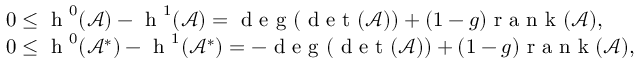
\begin{array} { r l } & { 0 \le \textnormal { h } ^ { 0 } ( \mathcal { A } ) - \textnormal { h } ^ { 1 } ( \mathcal { A } ) = \textnormal { d e g } ( \textnormal { d e t } ( \mathcal { A } ) ) + ( 1 - g ) \textnormal { r a n k } ( \mathcal { A } ) , } \\ & { 0 \le \textnormal { h } ^ { 0 } ( \mathcal { A } ^ { * } ) - \textnormal { h } ^ { 1 } ( \mathcal { A } ^ { * } ) = - \textnormal { d e g } ( \textnormal { d e t } ( \mathcal { A } ) ) + ( 1 - g ) \textnormal { r a n k } ( \mathcal { A } ) , } \end{array}